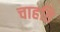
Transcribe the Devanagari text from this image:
चाहति